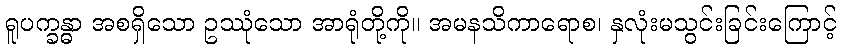
ရူပက္ခန္ဓာ အစရှိသော ဥဿုံသော အာရုံတို့ကို။ အမနသိကာရောစ၊ နှလုံးမသွင်းခြင်းကြောင့်